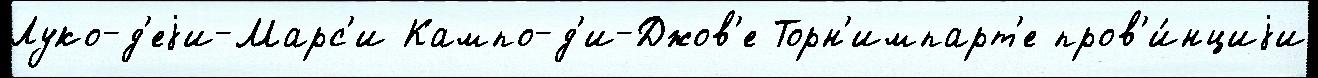
Луко-д'еjи-Марс'и Кампо-д'и-Джов'е Торн'импарт'е пров'и́нциjи